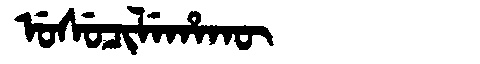
Manchu: ᡠᠰᡠᠴᡳᠯᡝᡥᠠᡴᡡ
Romanization: USUCILEHAKŪ